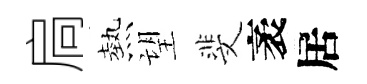
扃熱望斐袤居